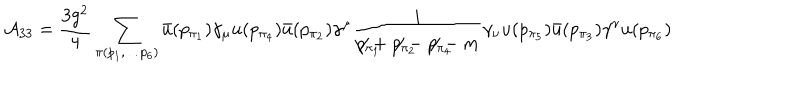
{ \cal A } _ { 3 3 } = \frac { 3 g ^ { 2 } } { 4 } \sum _ { \pi ( p _ { 1 } , \ldots p _ { 6 } ) } \bar { u } ( p _ { \pi _ { 1 } } ) \gamma _ { \mu } u ( p _ { \pi _ { 4 } } ) \bar { u } ( p _ { \pi _ { 2 } } ) \gamma ^ { \mu } \frac { i } { p _ { \pi _ { 1 } } \! \! \! \! \! \! \! / + p _ { \pi _ { 2 } } \! \! \! \! \! \! \! / - p _ { \pi _ { 4 } } \! \! \! \! \! \! \! / - m } \gamma _ { \nu } u ( p _ { \pi _ { 5 } } ) \bar { u } ( p _ { \pi _ { 3 } } ) \gamma ^ { \nu } u ( p _ { \pi _ { 6 } } )